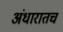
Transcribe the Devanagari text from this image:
अंधारातच